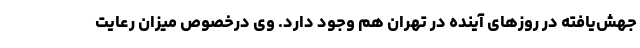
جهش‌یافته در روزهای آینده در تهران هم وجود دارد. وی درخصوص میزان رعایت